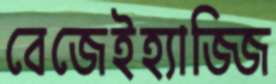
বেজেইহ্যাজ্জি